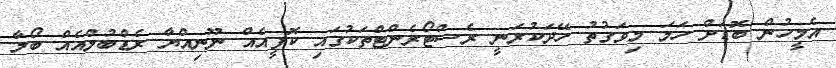
އެމީހުން ބޮޑަށް ހަމަ މިވަގުތު ހޭދަކުރަނީ ރެސްޓޯރެންޓްތަކުގައި ކޮފީއެއް ނޫނިއްޔާ ރެޑްބުލްއެއް ބޯލާ